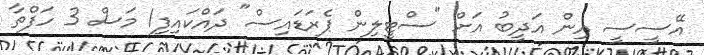
އޭސީސީ އިން އަދީބު އަށް "ސްޓީލިން ޕެރަޑައިސް" ދައްކައިފި1 މަސް 3 ހަފްތާ